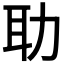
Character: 𦔳